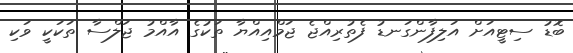
ބޮޑު ސިޓީއަށް އަލިފާންގަނޑު ފެތުރިއްޖެ ޖަމްއިއްޔާ ތަކުގެ އާއްމު ޖަލްސާ ތަކަކީ ވަކި